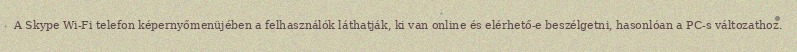
A Skype Wi-Fi telefon képernyőmenüjében a felhasználók láthatják, ki van online és elérhető-e beszélgetni, hasonlóan a PC-s változathoz.